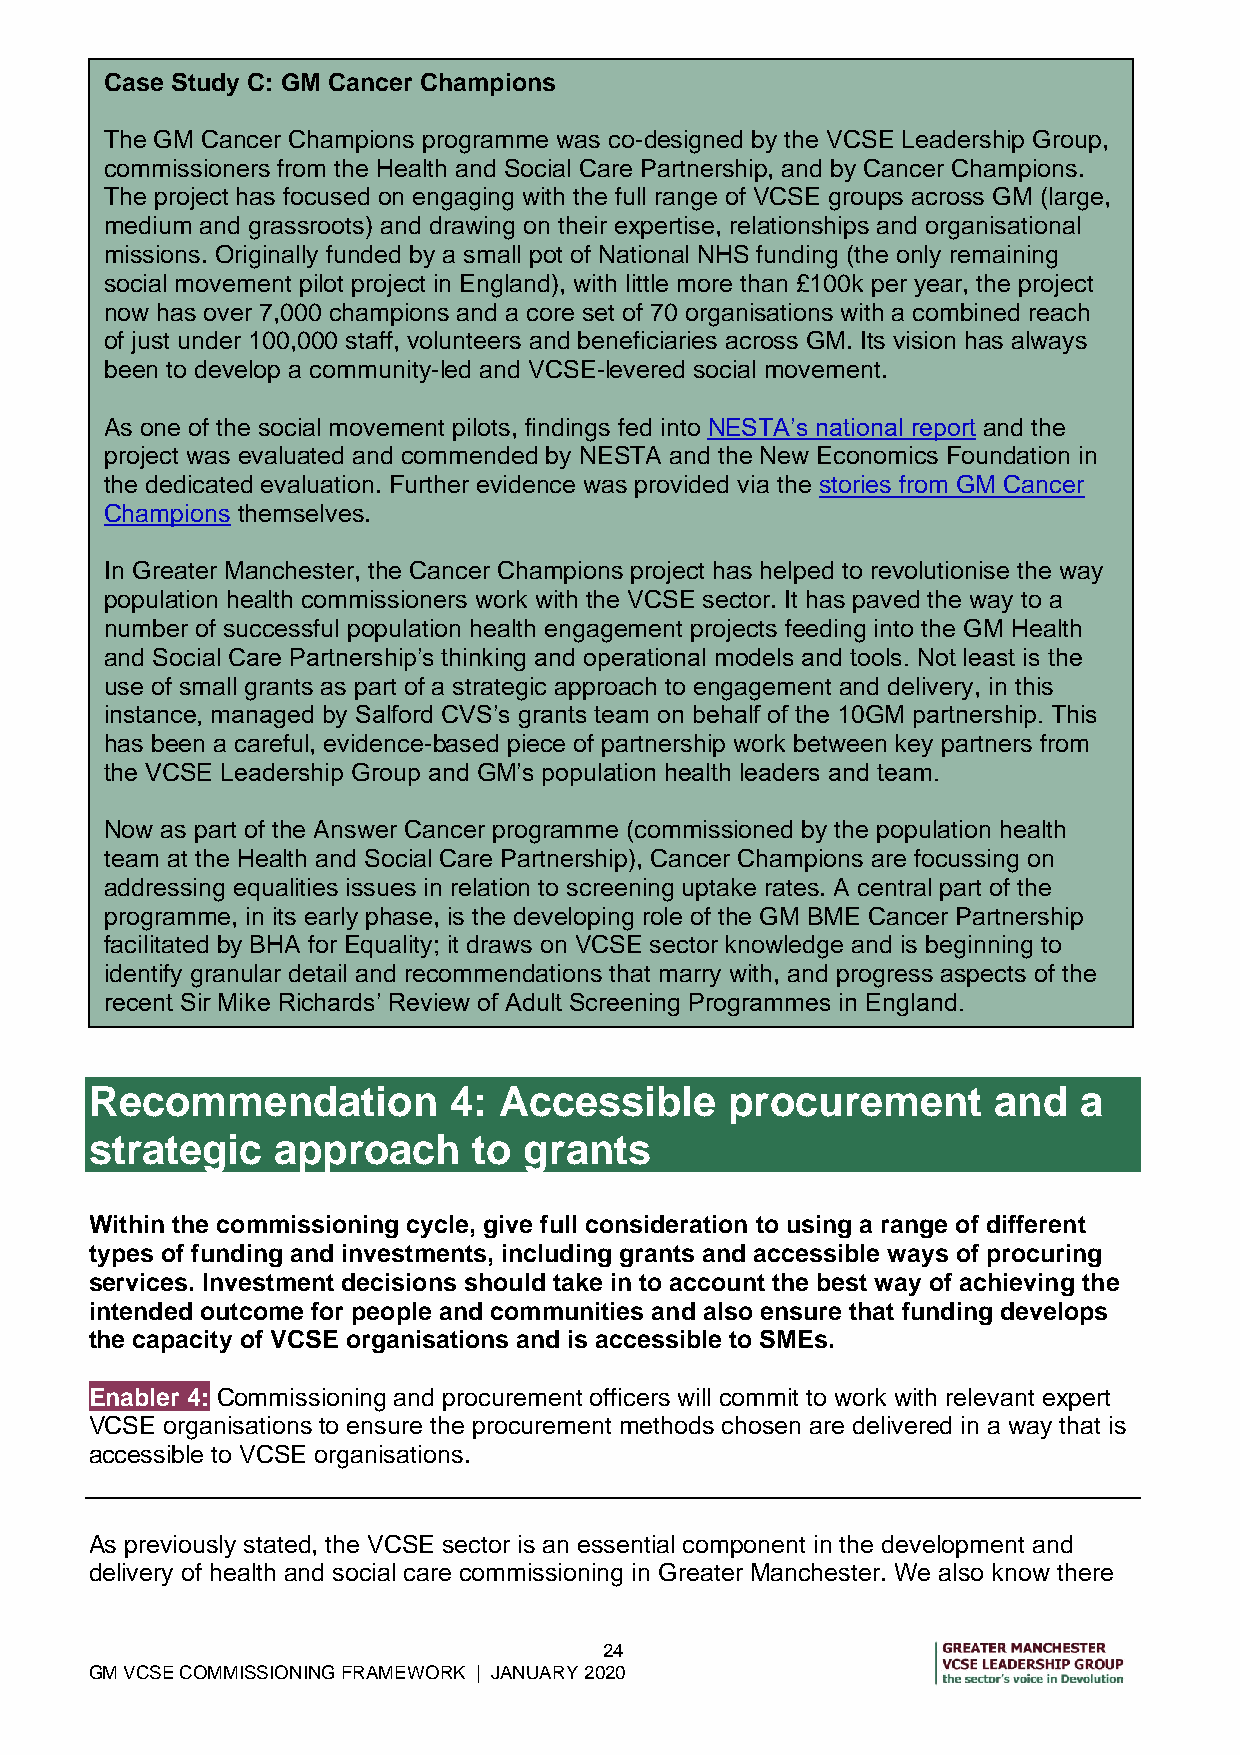
Case Study C: GM Cancer Champions
 The GM Cancer Champions programme was co-designed by the VCSE Leadership Group,
 commissioners from the Health and Social Care Partnership, and by Cancer Champions.
 The project has focused on engaging with the full range of VCSE groups across GM (large,
 medium and grassroots) and drawing on their expertise, relationships and organisational
 missions. Originally funded by a small pot of National NHS funding (the only remaining
 social movement pilot project in England), with little more than £100k per year, the project
 now has over 7,000 champions and a core set of 70 organisations with a combined reach
 of just under 100,000 staff, volunteers and beneficiaries across GM. Its vision has always
 been to develop a community-led and VCSE-levered social movement.
 As one of the social movement pilots, findings fed into NESTA’s national report and the
 project was evaluated and commended by NESTA and the New Economics Foundation in
 the dedicated evaluation. Further evidence was provided via the stories from GM Cancer
 Champions themselves.
 In Greater Manchester, the Cancer Champions project has helped to revolutionise the way
 population health commissioners work with the VCSE sector. It has paved the way to a
 number of successful population health engagement projects feeding into the GM Health
 and Social Care Partnership’s thinking and operational models and tools. Not least is the
 use of small grants as part of a strategic approach to engagement and delivery, in this
 instance, managed by Salford CVS’s grants team on behalf of the 10GM partnership. This
 has been a careful, evidence-based piece of partnership work between key partners from
 the VCSE Leadership Group and GM’s population health leaders and team.
 Now as part of the Answer Cancer programme (commissioned by the population health
 team at the Health and Social Care Partnership), Cancer Champions are focussing on
 addressing equalities issues in relation to screening uptake rates. A central part of the
 programme, in its early phase, is the developing role of the GM BME Cancer Partnership
 facilitated by BHA for Equality; it draws on VCSE sector knowledge and is beginning to
 identify granular detail and recommendations that marry with, and progress aspects of the
 recent Sir Mike Richards’ Review of Adult Screening Programmes in England.
 Recommendation          4: Accessible     procurement       and  a
 strategic   approach     to  grants
 Within the commissioning cycle, give full consideration to using a range of different
 types of funding and investments, including grants and accessible ways of procuring
 services. Investment decisions should take in to account the best way of achieving the
 intended outcome for people and communities and also ensure that funding develops
 the capacity of VCSE organisations and is accessible to SMEs.
 Enabler 4: Commissioning and procurement officers will commit to work with relevant expert
 VCSE organisations to ensure the procurement methods chosen are delivered in a way that is
 accessible to VCSE organisations.
 As previously stated, the VCSE sector is an essential component in the development and
 delivery of health and social care commissioning in Greater Manchester. We also know there
 24
 GM VCSE COMMISSIONING FRAMEWORK | JANUARY 2020